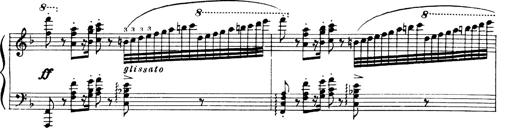
Title: Andante Finale und Marsch aus der Oper KÃ¶nig Alfred
Composer: Franz Liszt